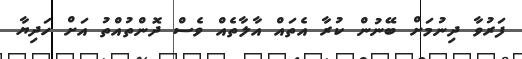
ފަރުވާ ދިނުމަށް ބޭނުން ކުރާ އެތައް އާލާތެއް ވެސް ދޮންތުއްތު އަށް ހަދިޔާ